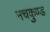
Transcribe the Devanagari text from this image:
मचकुण्ड